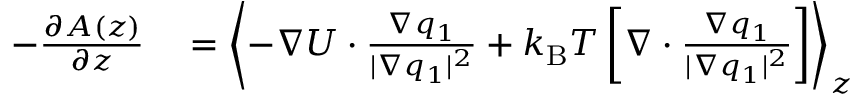
\begin{array} { r l } { - \frac { \partial A ( z ) } { \partial z } } & { { } = \left< - \nabla U \cdot \frac { \nabla q _ { 1 } } { | \nabla q _ { 1 } | ^ { 2 } } + { k _ { \mathrm { B } } T } \left[ \nabla \cdot \frac { \nabla q _ { 1 } } { | \nabla q _ { 1 } | ^ { 2 } } \right] \right> _ { z } } \end{array}